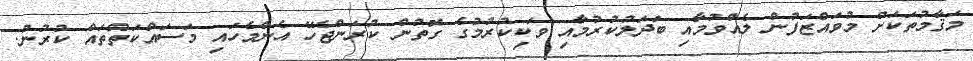
މަޤާމުތަކަށް މުވައްޒަފުން ލެއްވުމާއި ބަދަލުކުރުމާއި ވަކިކުރުމުގެ ގޮތުން ކުރަންޖެހޭ އެންމެހައި މަސައްކަތްތައް ކުރުން.